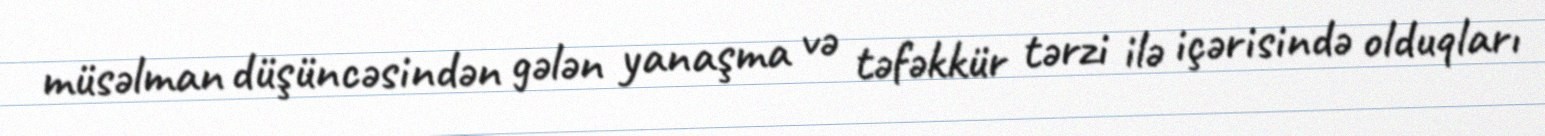
müsəlman düşüncəsindən gələn yanaşma və təfəkkür tərzi ilə içərisində olduqları